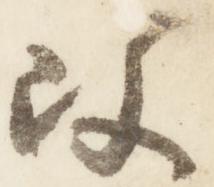
改